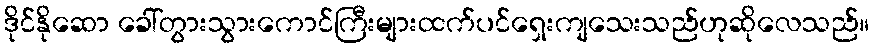
ဒိုင်နိုဆော ခေါ်တွားသွားကောင်ကြီးများထက်ပင်ရှေးကျသေးသည်ဟုဆိုလေသည်။